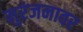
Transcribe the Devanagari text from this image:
मुरंजनावर